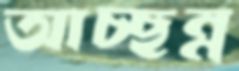
আচ্ছন্ন